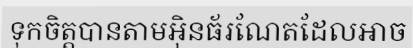
ទុកចិត្តបានតាមអ៊ិនធ័រណែតដែលអាច